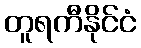
တူရကီနိုင်ငံ